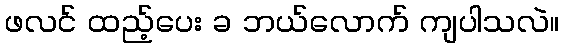
ဖလင် ထည့်ပေး ခ ဘယ်လောက် ကျပါသလဲ။